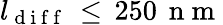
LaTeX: l_{\mathrm{~d~i~f~f~}}\, \leq\, 250\, \mathrm{~n~m~}